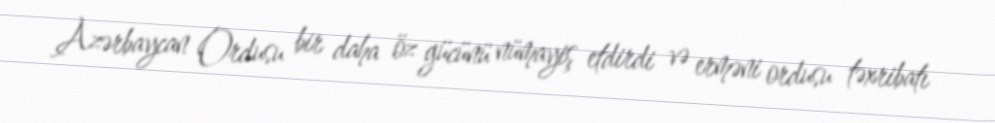
Azərbaycan Ordusu bir daha öz gücünü nümayiş etdirdi və erməni ordusu təxribatı